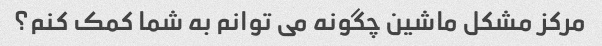
مرکز مشکل ماشین چگونه می توانم به شما کمک کنم؟